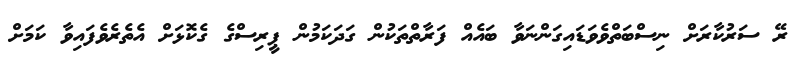
ރޭ ސަރުކާރަށް ނިސްބަތްވެވަޑައިގަންނަވާ ބައެއް ފަރާތްތަކުން ގަދަކަމުން ޕީރިސްގެ ގެކޮޅަށް އެތެރެވެފައިވާ ކަމަށް